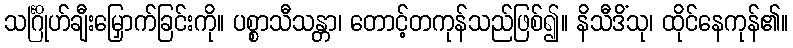
သင်္ဂြိုဟ်ချီးမြှောက်ခြင်းကို။ ပစ္စာသီသန္တာ၊ တောင့်တကုန်သည်ဖြစ်၍။ နိသီဒိံသု၊ ထိုင်နေကုန်၏။